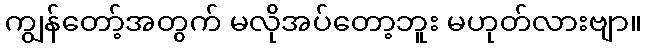
ကျွန်တော့်အတွက် မလိုအပ်တော့ဘူး မဟုတ်လားဗျာ။